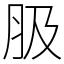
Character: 䏜